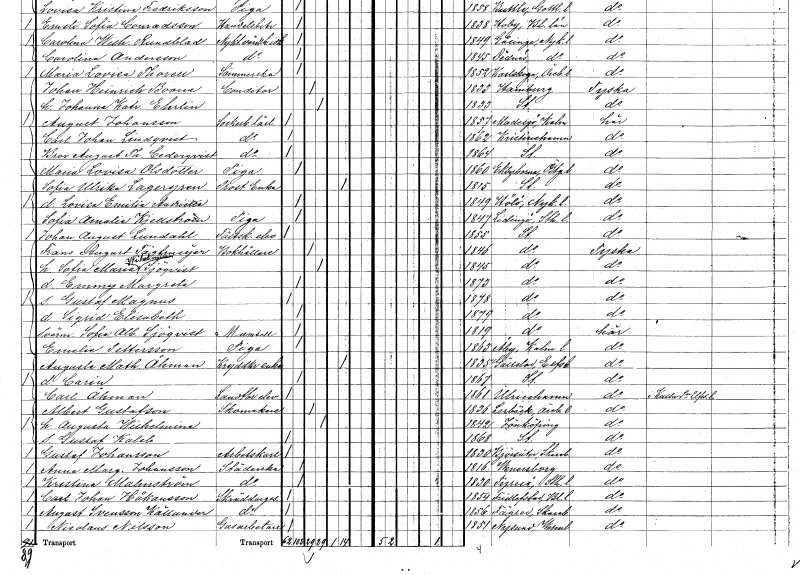
gt_parse: households: individuals: FN: Lovisa Emilia Andrietta
KON: K
CIV: O
FODAR: 1849
FODFORS: Hölö Stockholms län
FN: Sofia Amalia
EN: Kjellström
YRKE: Piga
KON: K
CIV: O
FODAR: 1847
FODFORS: Lidingö Stockholms län
FN: Johan August
EN: Lundahl
YRKE: Fältskärselev
KON: M
CIV: O
FODAR: 1855
FODFORS: Stockholm
FN: Frans August
EN: Tägtmeijer
YRKE: Bokhållare
KON: M
CIV: G
FODAR: 1846
FODFORS: Stockholm
FN: Sofia Maria Wilhelmina
EN: Sjöqvist
KON: K
CIV: G
FODAR: 1845
FODFORS: Stockholm
FN: Emmy Margreta
KON: K
CIV: O
FODAR: 1873
FODFORS: Stockholm
FN: Gustaf Magnus
KON: M
CIV: O
FODAR: 1878
FODFORS: Stockholm
FN: Sigrid Elisabeth
KON: K
CIV: O
FODAR: 1879
FODFORS: Stockholm
FN: Sofia Albertina
EN: Sjöqvist
KON: K
CIV: O
FODAR: 1819
FODFORS: Stockholm
FN: Emelie
EN: Pettersson
YRKE: Piga
KON: K
CIV: O
FODAR: 1863
FODFORS: Åby Kalmar län
FN: Augusta Mathilda
EN: Åhman
YRKE: Kryddkramhandlareänka
KON: K
CIV: E
FODAR: 1835
FODFORS: Gällstad Älvsborgs län
FN: Carin
KON: K
CIV: O
FODAR: 1867
FODFORS: Stockholm
FN: Carl
EN: Åhman
YRKE: Lantbrukselev
KON: M
CIV: O
FODAR: 1861
FODFORS: Ulricehamn Älvsborgs län
FN: Albert
EN: Gustafson
YRKE: Skomakare
KON: M
CIV: G
FODAR: 1836
FODFORS: Lerbäck Örebro län
FN: Augusta Wilhelmina
KON: K
CIV: G
FODAR: 1842
FODFORS: Jönköping Jönköpings län
FN: Gustaf Kaleb
KON: M
CIV: O
FODAR: 1868
FODFORS: Stockholm
FN: Gustaf
EN: Johansson
YRKE: Arbetskarl
KON: M
CIV: O
FODAR: 1830
FODFORS: Björsäter Skaraborgs län
FN: Anna Margareta
EN: Johansson
YRKE: Städerska
KON: K
CIV: O
FODAR: 1816
FODFORS: Vänersborg Älvsborgs län
FN: Kristina
EN: Malmström
YRKE: Städerska
KON: K
CIV: O
FODAR: 1830
FODFORS: Tyresö Stockholms län
FN: Carl Johan
EN: Håkansson
YRKE: Skräddaregesäll
KON: M
CIV: O
FODAR: 1854
FODFORS: Fridlevstad Blekinge län
FN: August
EN: Svensson Källander
YRKE: Skräddaregesäll
KON: M
CIV: O
FODAR: 1856
FODFORS: Fägre Skaraborgs län
FN: Nicolaus
EN: Nilsson
YRKE: Gasarbetare
KON: M
CIV: O
FODAR: 1851
FODFORS: Nysund Örebro län